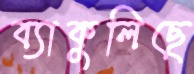
ব্যাকুলিছে